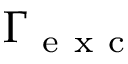
\Gamma _ { \mathrm { ~ e ~ x ~ c ~ } }